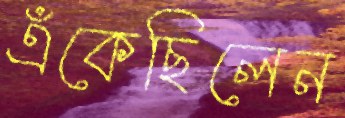
এঁকেছিলেন